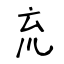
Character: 㐬